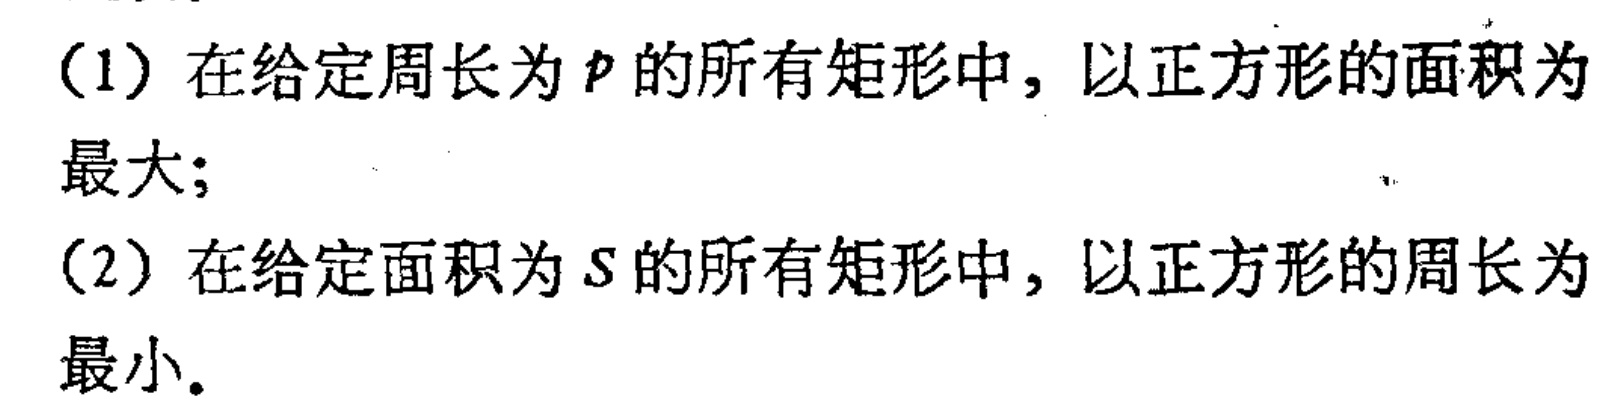
(1) 在给定周长为 \(p\) 的所有矩形中，以正方形的面积为最大；
(2) 在给定面积为 \(s\) 的所有矩形中，以正方形的周长为最小。